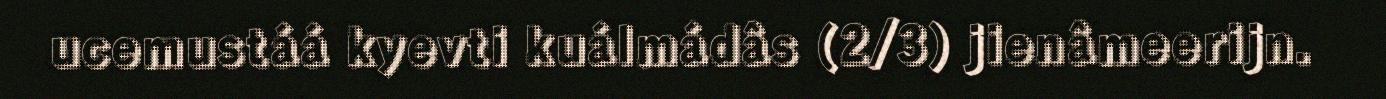
ucemustáá kyevti kuálmádâs (2/3) jienâmeerijn.